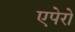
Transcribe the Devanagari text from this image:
एपेरो